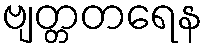
ဗျတ္တတရေန